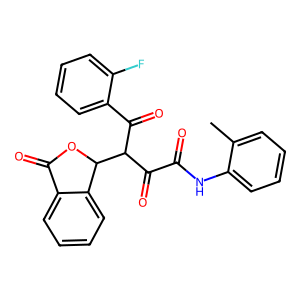
SMILES: Cc1ccccc1NC(=O)C(=O)C(C(=O)c1ccccc1F)C1OC(=O)c2ccccc21
Inhibits HIV replication: No